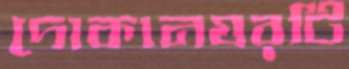
দোকানঘরটি